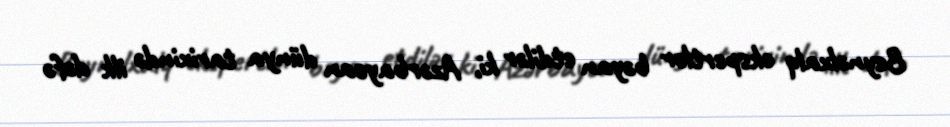
Beynəlxalq ekspertlər bəyan etdilər ki, Azərbaycan dünya tarixində ilk dəfə